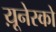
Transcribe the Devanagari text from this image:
य़ूनेस्को